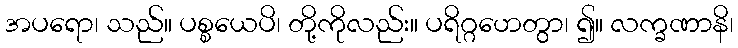
အပရော၊ သည်။ ပစ္စယေပိ၊ တို့ကိုလည်း။ ပရိဂ္ဂဟေတွာ၊ ၍။ လက္ခဏာနိ၊